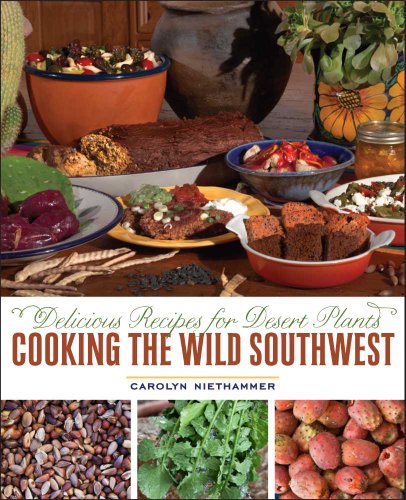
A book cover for Cooking the Wild Southwest: Delicious Recipes for Desert Plants; Carolyn Niethammer; Cookbooks, Food & Wine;